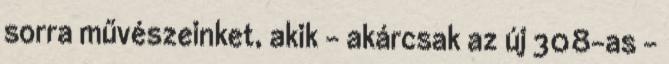
sorra művészeinket, akik – akárcsak az új 308-as –